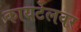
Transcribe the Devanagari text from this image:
कायटेलवर